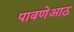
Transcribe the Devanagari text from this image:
पावणेआठ